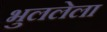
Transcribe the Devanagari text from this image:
भुललेला